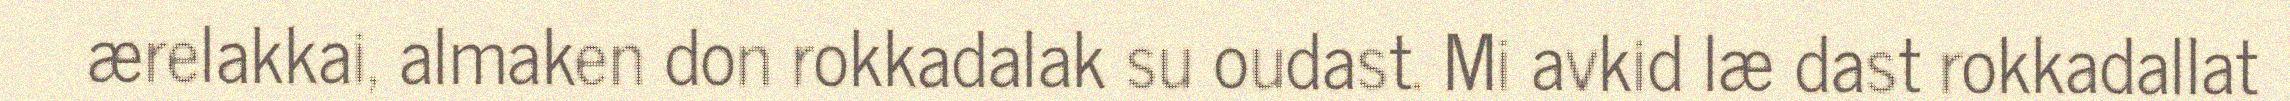
ærelakkai, almaken don rokkadalak su oudast. Mi avkid læ dast rokkadallat